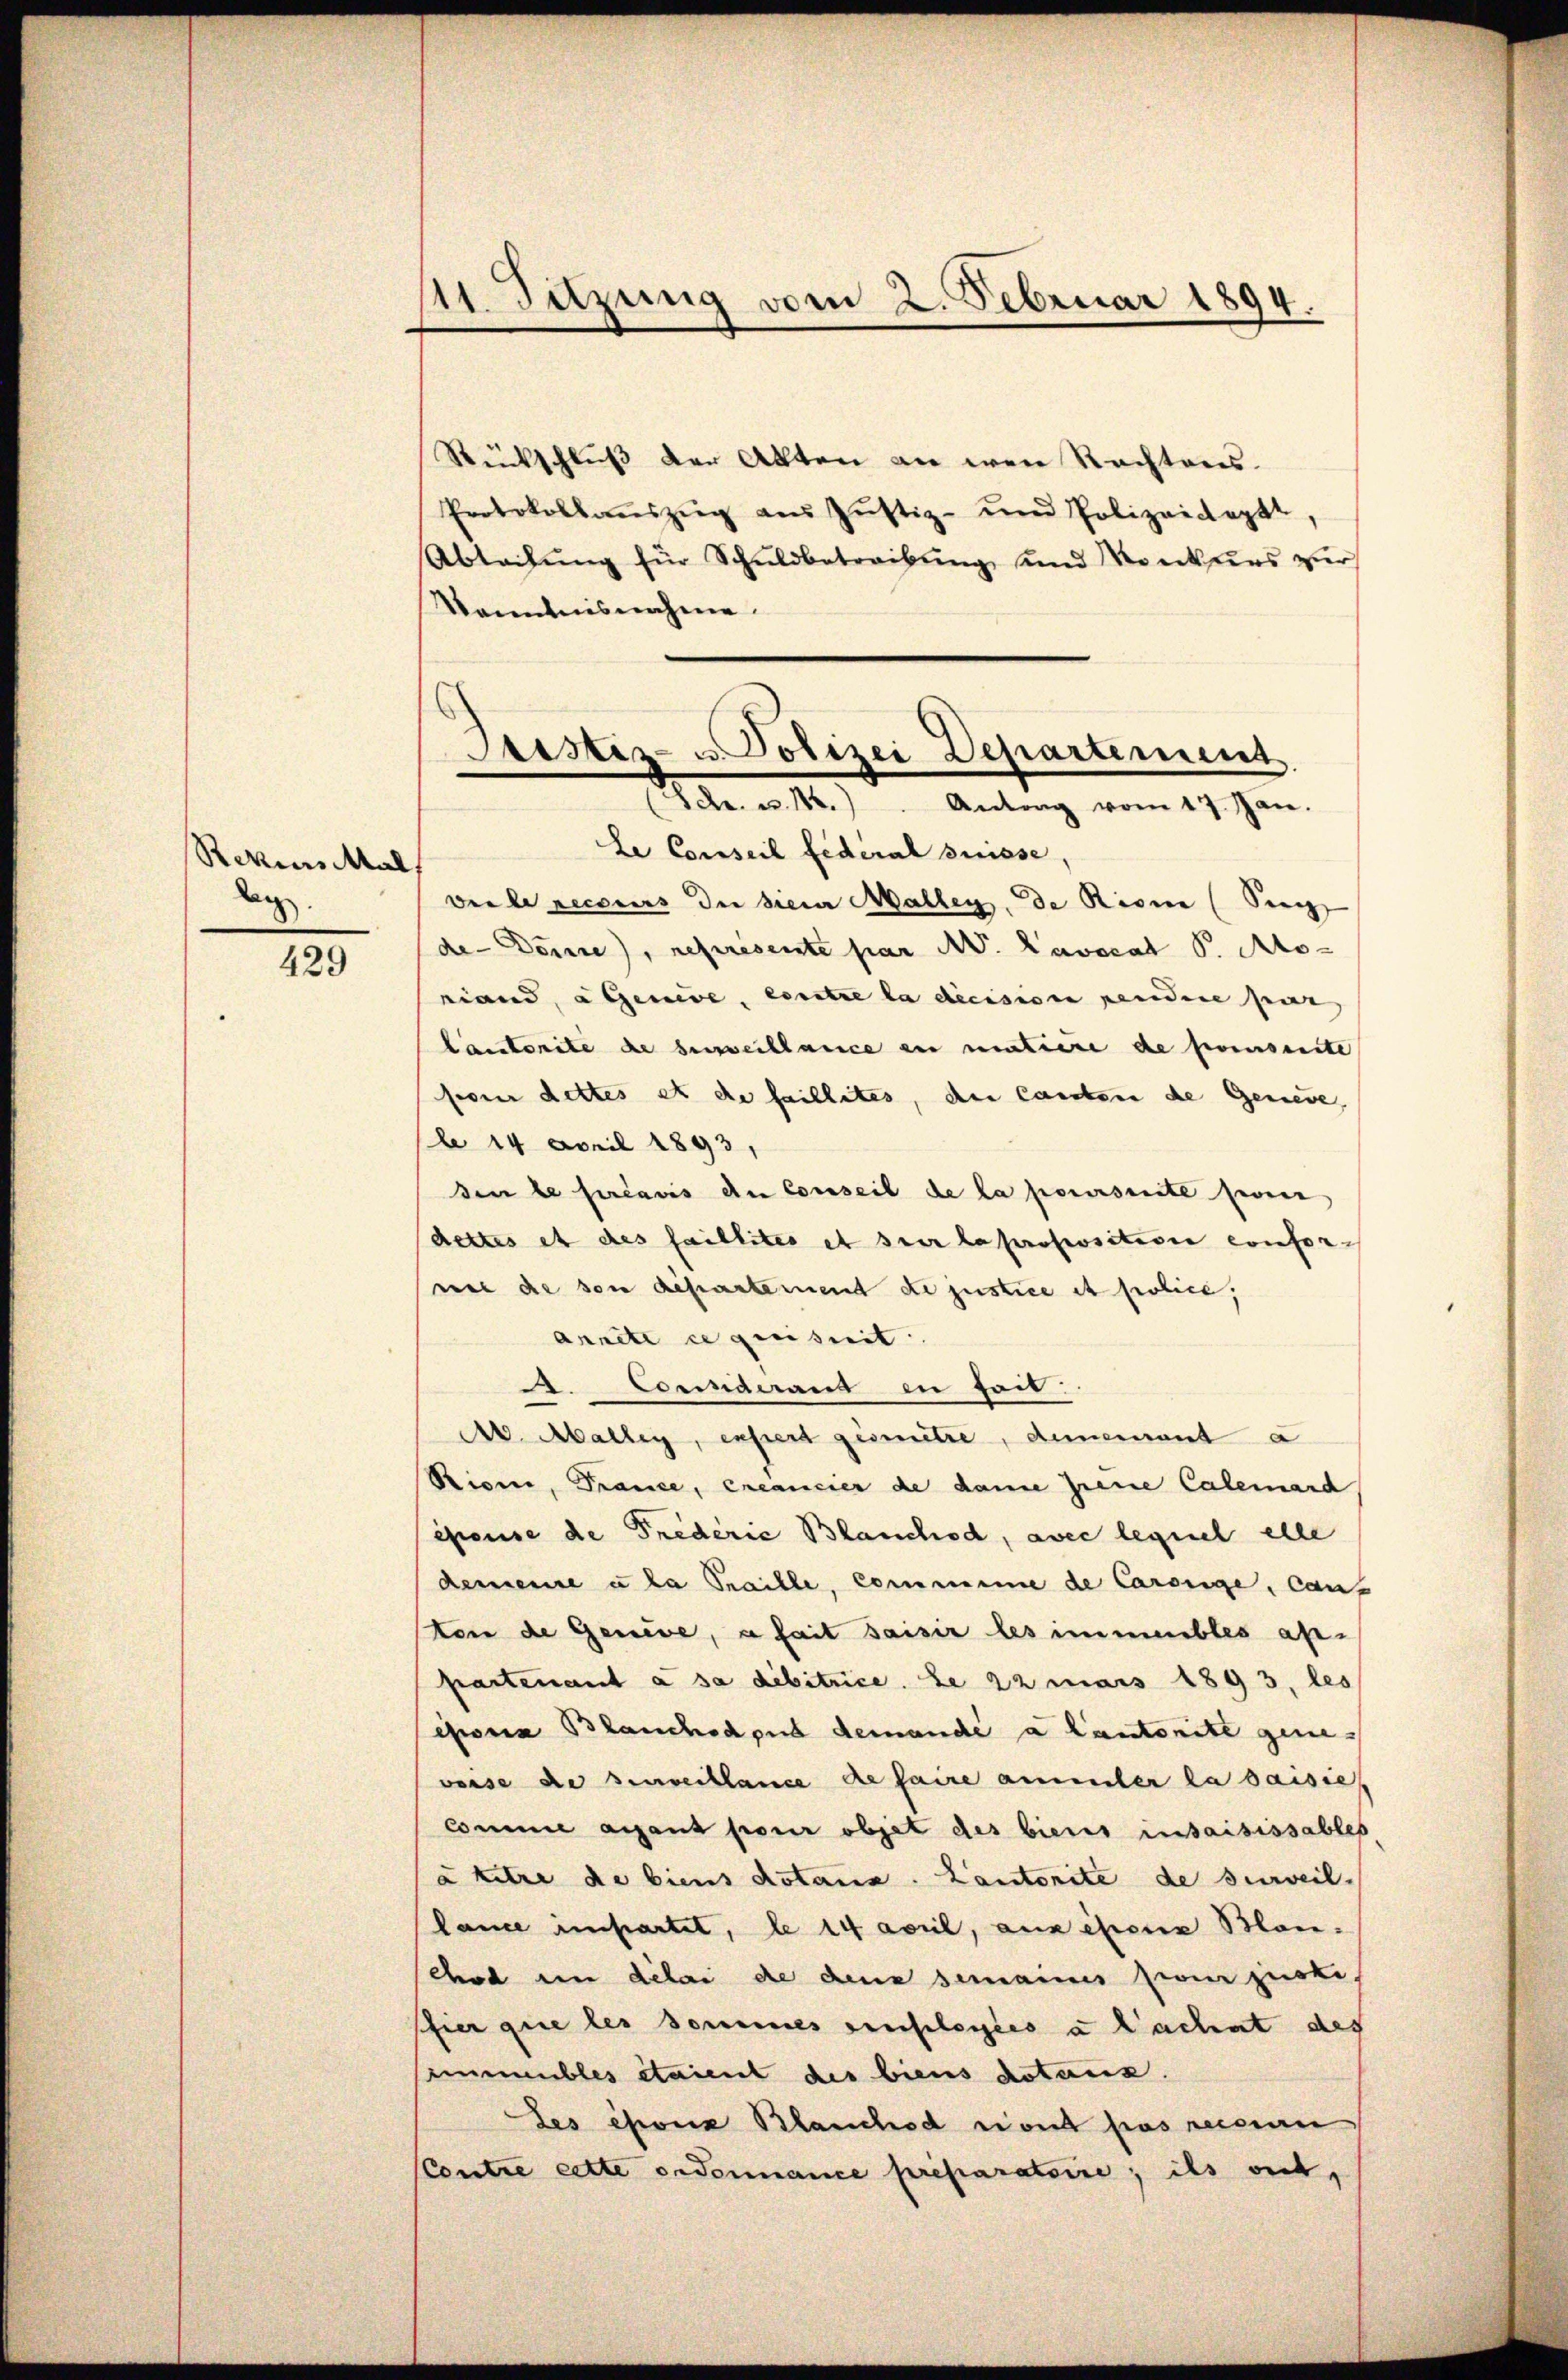
Rezius Mal,
d

429

At Sitzung vom 2. Februar 1894.

Rückschluß der Akten an den Rechtens.
Protokolaŭszŭg aŭs Jŭstiz- und Polizeideppt,
Abteilŭng für Schŭldbetreibŭng und Konkurs zur
Kenntnisnahme

Sistiz- u. Polizei Departement
(Schr. u 1.) Antrag vom 17. Jan.

Le Conseil fédéral Suisse,
ver le recours de sien Mallen, de Risi (Seng
de Dome), représente par A. Lavocat P. Ato-
Liand, a Genere, contre la decision pendere par
lanstorite de beweiblance an mutiere de presente
pour dettes et de faillites, der Canton de Geneve,
le 14 April 1893,
den le forcavis du Conseil de la poursuite seine
dettes et des faillites et sur la proposition confornee die von departement de justice et police,
annete ce quisit
A. Conderaus in heil.
M. Malley, expert gesetze, demeinant a
Rione, France, créancier de danne jene Calemand
epause de Frederie Blanchod, avec lequel elle
demeine u la Traille, Comminie de Carolige, caus
ten de Genève, a fait saisir les immeubles ab-
partenant à sa debitrice. Le 22 mais 1893, les
efois Blauchsdpus demandé a Cantonite gene-
vorse de surveillance de faire ammler la saisie
comme angant pour objet des biens insaisissables
à titre de biens dotans. Cantorite de serweil.
lance impartet, le 14 April, ansehene Blan-
chaden délai de dene semaines prom justi
fier que les sommes verflosses a l’achet des
simmeubles étaient des biens dotars.
Les époux Blanchod sont pas reconn
(Contre cette ordonnance preparatoire, ils ont,